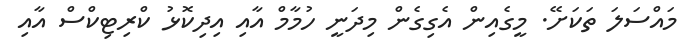
މައްސަލަ ތަކަށޭ. މީގެއިން އެގިގެން މިދަނީ ހުމާމް އާއި އިދިކޮޅު ކްރިޓިކްސް އާއި